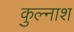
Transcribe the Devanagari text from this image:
कुल्नाश